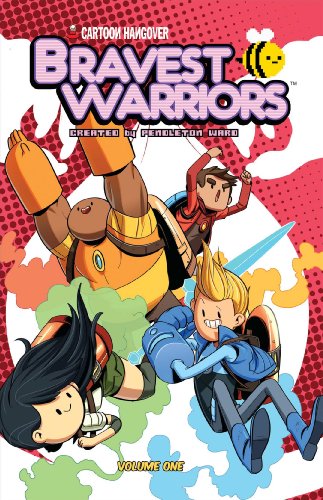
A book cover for Bravest Warriors Vol. 1; Joey Comeau; Children's Books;